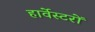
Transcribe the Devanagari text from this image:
हार्वेस्टरों